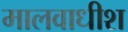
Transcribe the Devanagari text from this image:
मालवाधीश